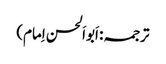
ترجمہ: اَبواَلحسن اِمام)